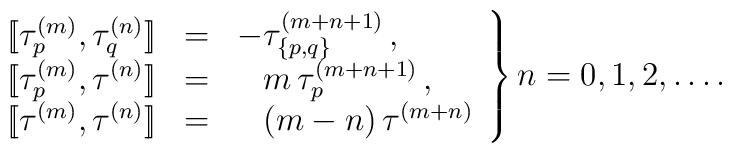
\left.\begin{array}{rcl}{[\![} \tau_p^{(m)} , \tau_q^{(n)} {]\!]} & = &-\tau_{\{p,q\}}^{(m+n+1)}\,, \\{[\![} \tau_p^{(m)} , \tau^{(n)} {]\!]}   & = &\phantom{-}m\,\tau_{p}^{(m+n+1)}\,, \\{[\![} \tau^{(m)} , \tau^{(n)} {]\!]}     & = &\phantom{-} (m-n)\,\tau^{(m+n)}\end{array}\right\}n=0,1,2,\ldots .